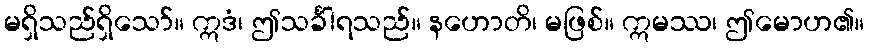
မရှိသည်ရှိသော်။ ဣဒံ၊ ဤသင်္ခါရသည်။ နဟောတိ၊ မဖြစ်။ ဣမဿ၊ ဤမောဟ၏။